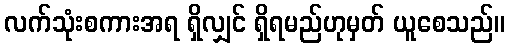
လက်သုံးစကားအရ ရှိလျှင် ရှိရမည်ဟုမှတ် ယူစေသည်။